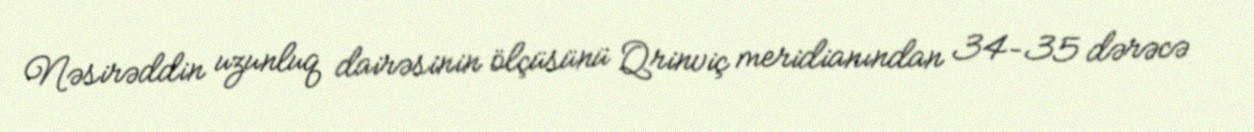
Nəsirəddin uzunluq dairəsinin ölçüsünü Qrinviç meridianından 34–35 dərəcə